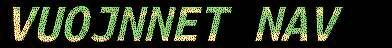
VUOJNNET NAV